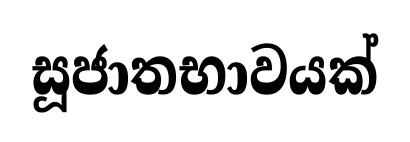
සූජාතභාවයක්